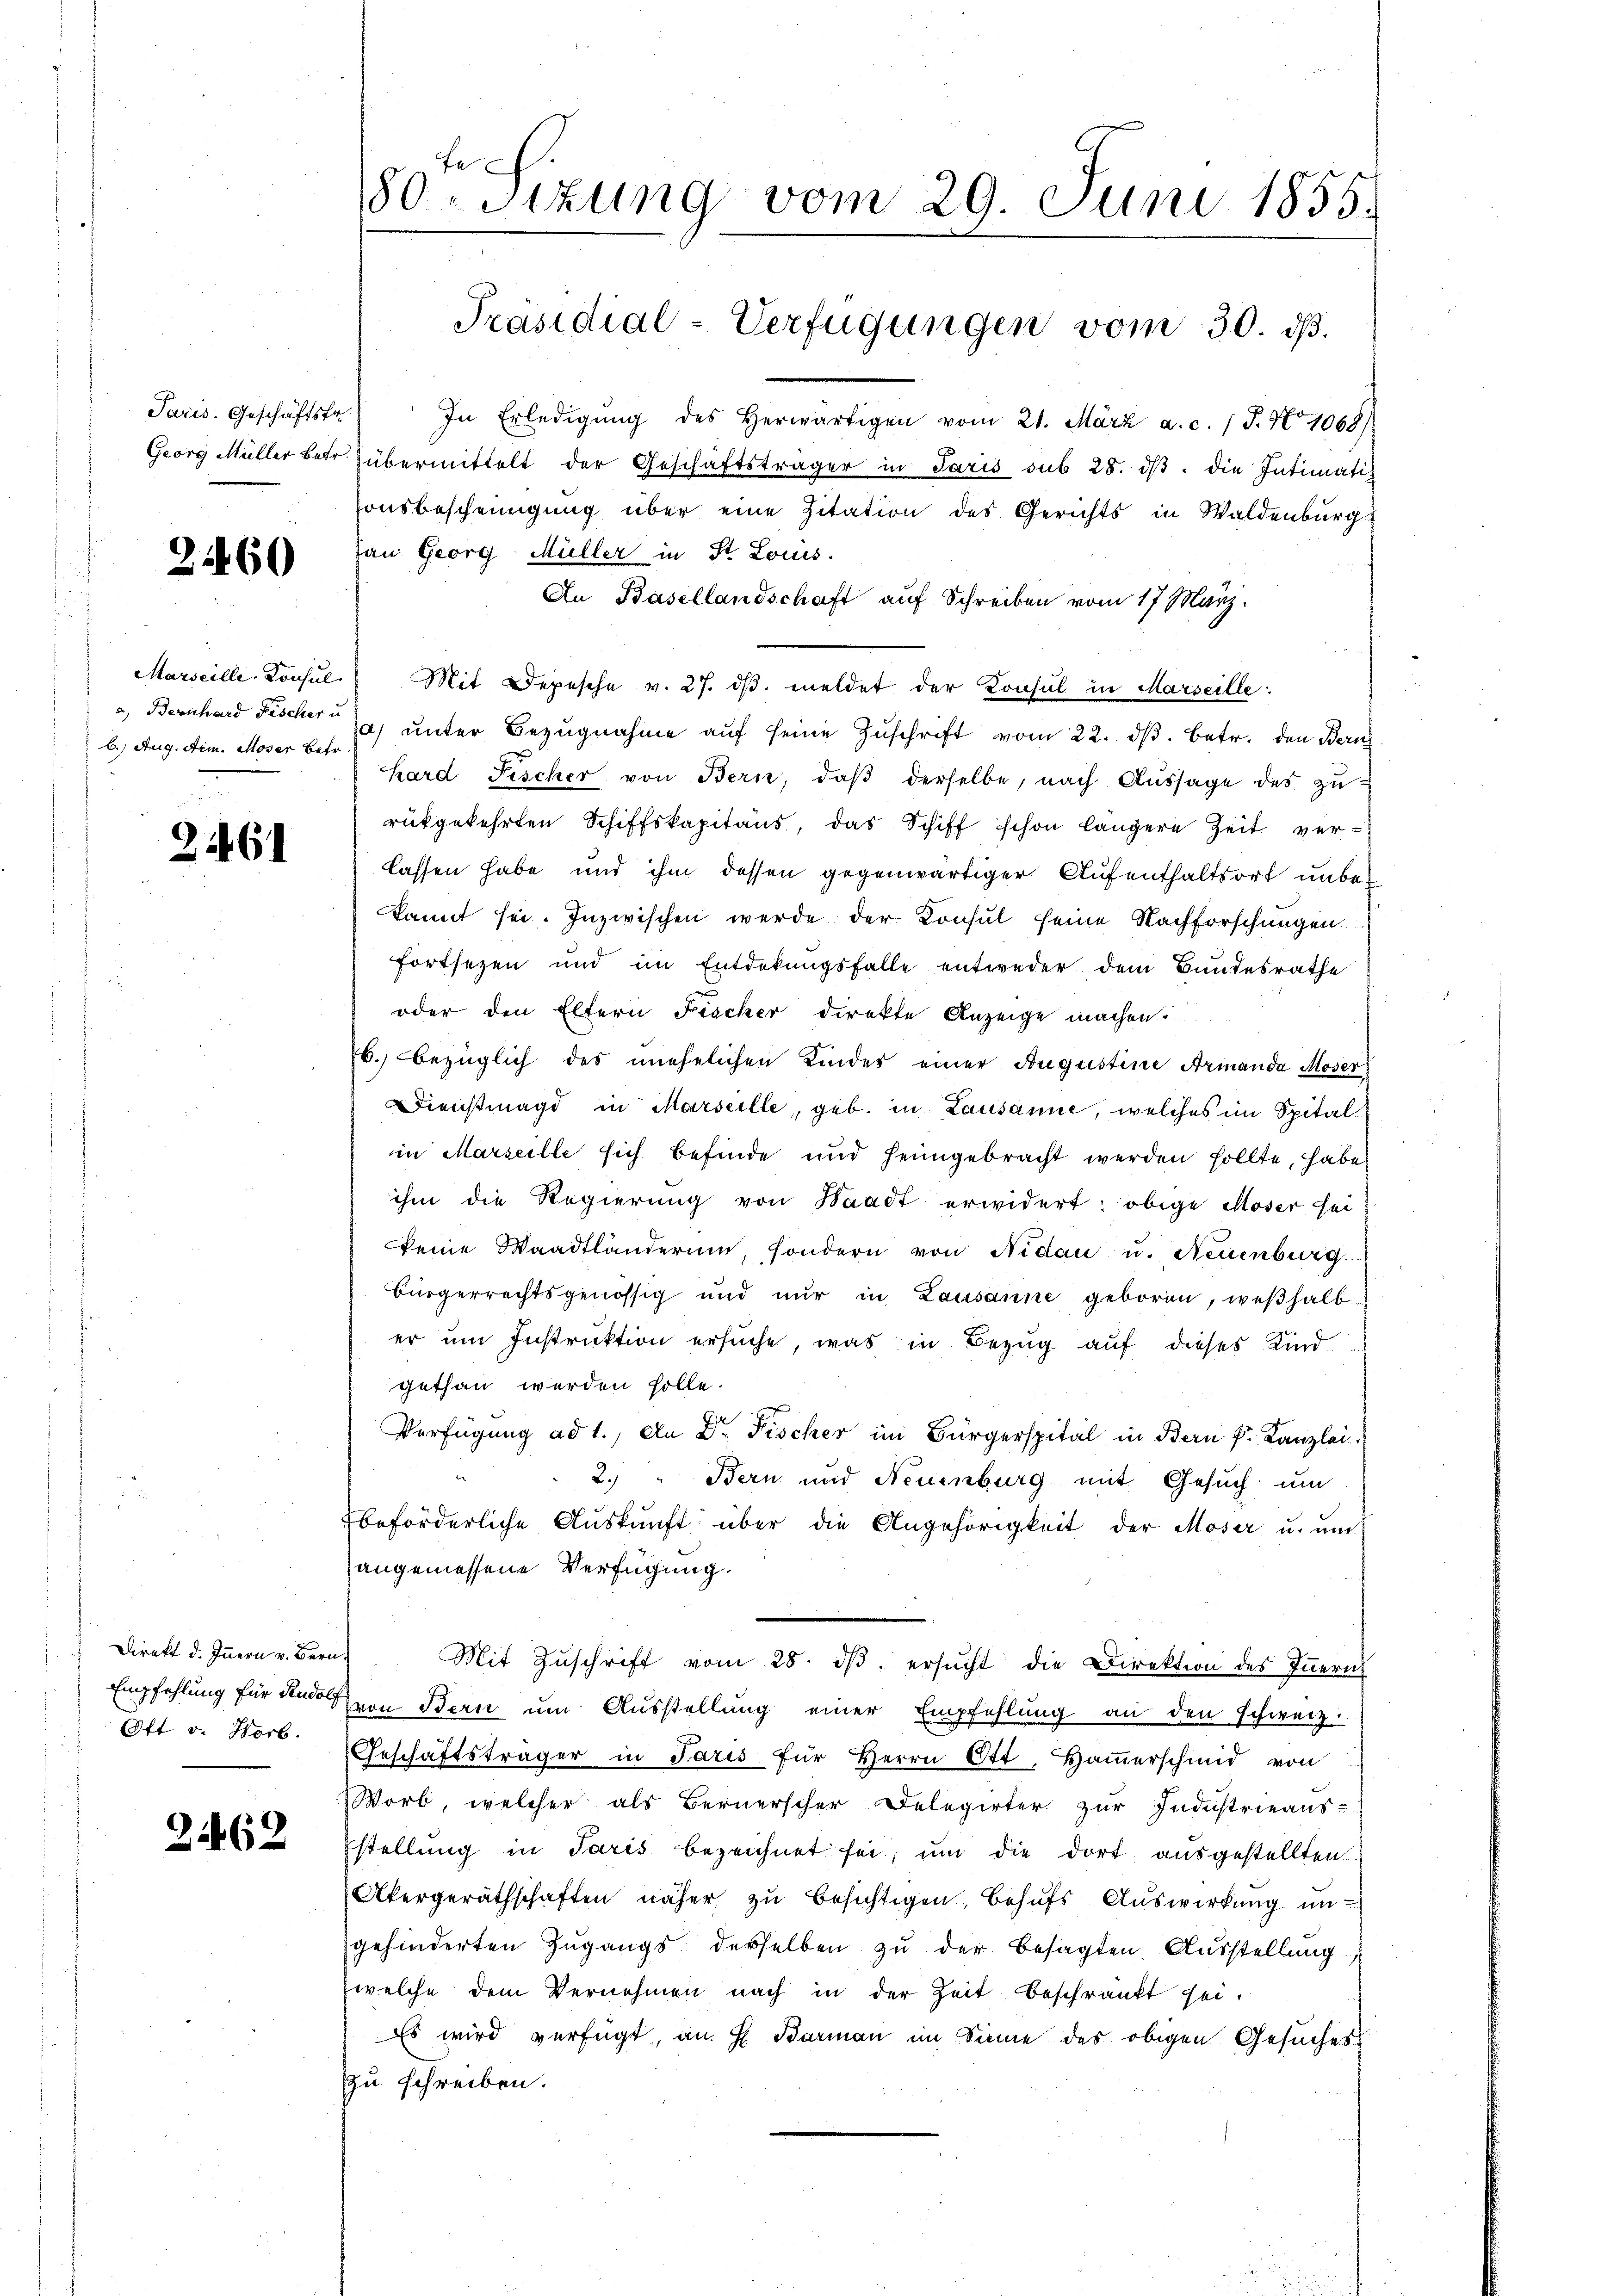
Paris. Geschäftsfr.
Georg Müller betr.

2460

Marseille-Konsul
a) Bernhard Fischer u.
b. Aug. dim. Moser Betr

2461

Direkt d. Innern v. Bern.
Empfehlung für Rudolf
Oft v. Horb.

362

80ten Sizung vom 29. Juni 1855.
Präsidial-Verfügungen vom 30. dß.

In Erledigŭng des herwärtigen vom 21. März a. c. 1 J. No 1068)
übermittelt der Geschäftsträger in Paris sub 28. dβ. die Intimationsbescheinigung über eine Zitation des Gerichts in Waldenburg
fan Georg Müller in St. Louis-
An Basellandschaft auf Schreiben vom 17. März.
Mit Depesche v. 27. dβ meldet der Konsul in Marseille:
a) ŭnter Bezŭgnahme aŭf seine Zŭschrift vom 22. dβ. betr. den Bern
kard Fischer von Bern, daβ derselbe, nach Aussage des zurükgekehrten Schiffskapitaus das Schiff schon längere Zeit ver-
lassen habe und ihm dessen gegenwärtiger Aufenthaltsort unbekannt sei. Inzwischen werde der Konsul seine Nachforschungen
fortsezen und im Entdekungsfalle entweder dem Bundesrathe
oder den Eltern Fischer direkte Anzeige machen
76. bezüglich des unehelichen Kindes einer Augustine Armanda Moser
Dienstmagd in Marseille, geb. in Lausanne, welches im Spitalin Marseille sich befinde und heimgebracht werden sollte, habe
ihm die Regierung von Waadt erwidert: obige Moser sei
keine Waadtländerum, sondern von Nidau u. Neuenburg
bürgerrechtsgenössig und nur in Lausanne geboren, weßhalb
er um Instruktion ersuche, was in Bezug auf dieses Kind
gethan werden solle.
Verfügung ad 1., an Dr. Fischer im Bürgerspital in Bern k. Kanzlei
2. " Bern und Neuenburg mit Gesuch um
beförderliche Auskunft über die Angehörigkeit der Moser u. um
angemessene Verfügung.
Mit Zuschrift vom 28. dβ. ersucht die Direktion des Innern
von Bern um Ausstellung einer Empfehlung an den schweiz.
Geschäftsträger in Paris für Herrn Ott, Haṁerschind von
Worb, welcher als Bernerscher Delegirter zur Industrieaus-
stellung in Paris bezeichnet sei, um die dort ausgestellten
Akergeräthschaften näher zu besichtigen, behŭfs Auswirkung in-
gehinderten Zugangs derselben zu der besagten Ausstellung,
welche dem Vernehmen nach in der Zeit beschränkt sei.
Es wird verfügt an H. Barman im Sinne des obigen Gesuches
zu schreiben.